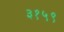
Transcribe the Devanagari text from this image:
३१५९